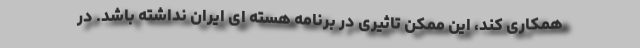
همکاری کند، این ممکن تاثیری در برنامه هسته ای ایران نداشته باشد. در